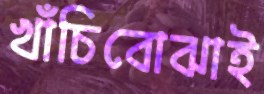
খাঁচিবোঝাই